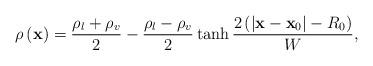
LaTeX: \begin{align*}\rho \left( {\bf{x}} \right) = \frac{{{\rho _l} + {\rho _v}}}{2} - \frac{{{\rho _l} - {\rho _v}}}{2}\tanh \frac{{2\left( {\left| {{\bf{x}} - {{\bf{x}}_0}} \right| - {R_0}} \right)}}{W},\end{align*}